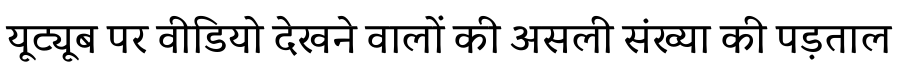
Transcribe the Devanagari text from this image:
यूट्यूब पर वीडियो देखने वालों की असली संख्या की पड़ताल